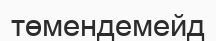
төмендемейд